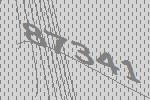
87341